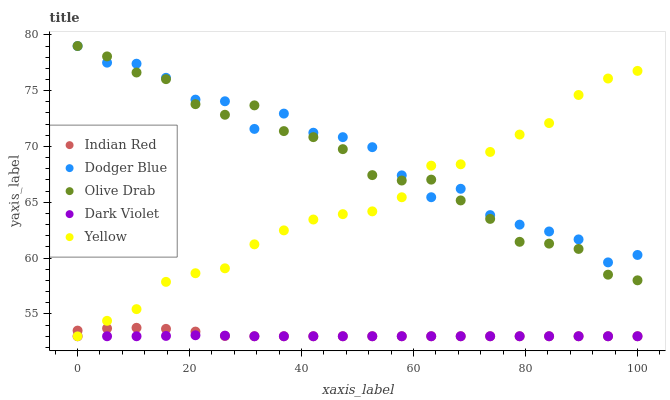
| xaxis_label | Indian Red | Dodger Blue | Olive Drab | Dark Violet | Yellow |
 | --- | --- | --- | --- | --- | --- |
 | 0 | 53.5 | 79 | 79 | 53 | 53 |
 | 5.26 | 53.7 | 77.5 | 78.1 | 53 | 54.4 |
 | 10.5 | 53.8 | 77.4 | 76.6 | 53 | 55.4 |
 | 15.8 | 53.7 | 76.2 | 76 | 53 | 57.9 |
 | 21.1 | 53.4 | 74.2 | 73.8 | 53.1 | 58.6 |
 | 26.3 | 53 | 74.1 | 72.8 | 53.1 | 59.1 |
 | 31.6 | 53 | 71.6 | 73.7 | 53 | 61.2 |
 | 36.8 | 53 | 72.9 | 71.4 | 53 | 62.5 |
 | 42.1 | 53 | 71.2 | 70.8 | 53 | 63.5 |
 | 47.4 | 53 | 70.8 | 69.8 | 53 | 63.9 |
 | 52.6 | 53 | 69.9 | 67.4 | 53 | 64.2 |
 | 57.9 | 53 | 67.4 | 67 | 53 | 65.5 |
 | 63.2 | 53 | 65.5 | 67 | 53 | 68.3 |
 | 68.4 | 53 | 66.2 | 65.2 | 53 | 68.4 |
 | 73.7 | 53 | 63.9 | 63.5 | 53 | 69.5 |
 | 78.9 | 53 | 63 | 61.5 | 53 | 71.1 |
 | 84.2 | 53 | 62.4 | 61.3 | 53 | 72.1 |
 | 89.5 | 53 | 61.7 | 60.8 | 53 | 74.6 |
 | 94.7 | 53 | 59.6 | 58.5 | 53 | 76.1 |
 | 100 | 53 | 60.3 | 58 | 53 | 76.8 |